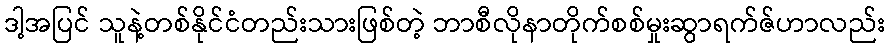
ဒါ့အပြင် သူနဲ့တစ်နိုင်ငံတည်းသားဖြစ်တဲ့ ဘာစီလိုနာတိုက်စစ်မှုးဆွာရက်ဇ်ဟာလည်း